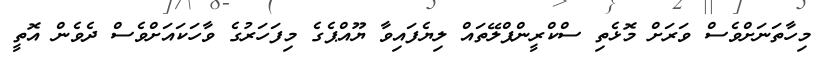
މިހާތަނަށްވެސް ވަރަށް މޮޅެތި ސްކްރީންޕްލޭތައް ލިޔެފައިވާ ޔޫއްޕެގެ މިފަހަރުގެ ވާހަކައަށްވެސް ދެވެން އޮތީ